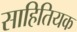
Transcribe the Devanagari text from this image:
साहितियक